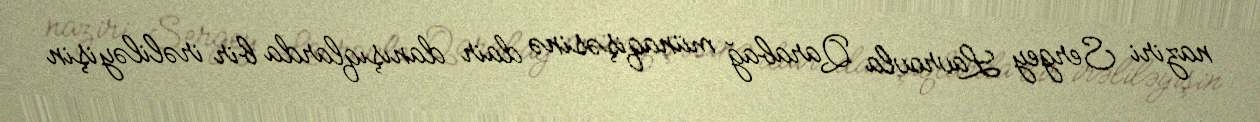
naziri Sergey Lavrovla Qarabağ münaqişəsinə dair danışıqlarda bir irəliləyişin